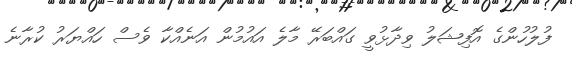
ފުލުހުންގެ އޮފިޝަލު ވިދާޅުވީ ގައްބަރޭ މާލެ އައުމުން އަނެއްކާ ވެސް ހައްޔަރު ކުރާނެ